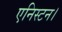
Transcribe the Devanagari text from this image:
एनिस्टन।